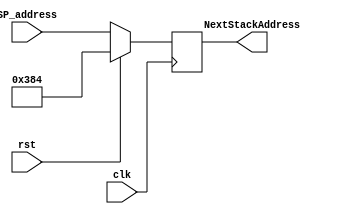
module StackPointer(clk,rst,SP_address,NextStackAddress);
    input clk,rst;
    input [31:0]SP_address;
    output reg [31:0]NextStackAddress;

    wire [31:0] SP_address;

    always @(posedge clk)
    begin
        if(rst)
            NextStackAddress <= 900;
        else
            NextStackAddress <= SP_address;
    end

    // - Assuume that the First Address of the Stack is 900
    // SP_address = mem[900]
endmodule